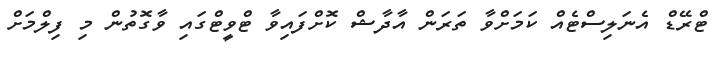
ޓްރޭޑް އެނަލިސްޓެއް ކަމަށްވާ ތަރަން އާދާޝް ކޮށްފައިވާ ޓްވީޓްގައި ވާގޮތުން މި ފިލްމަށް